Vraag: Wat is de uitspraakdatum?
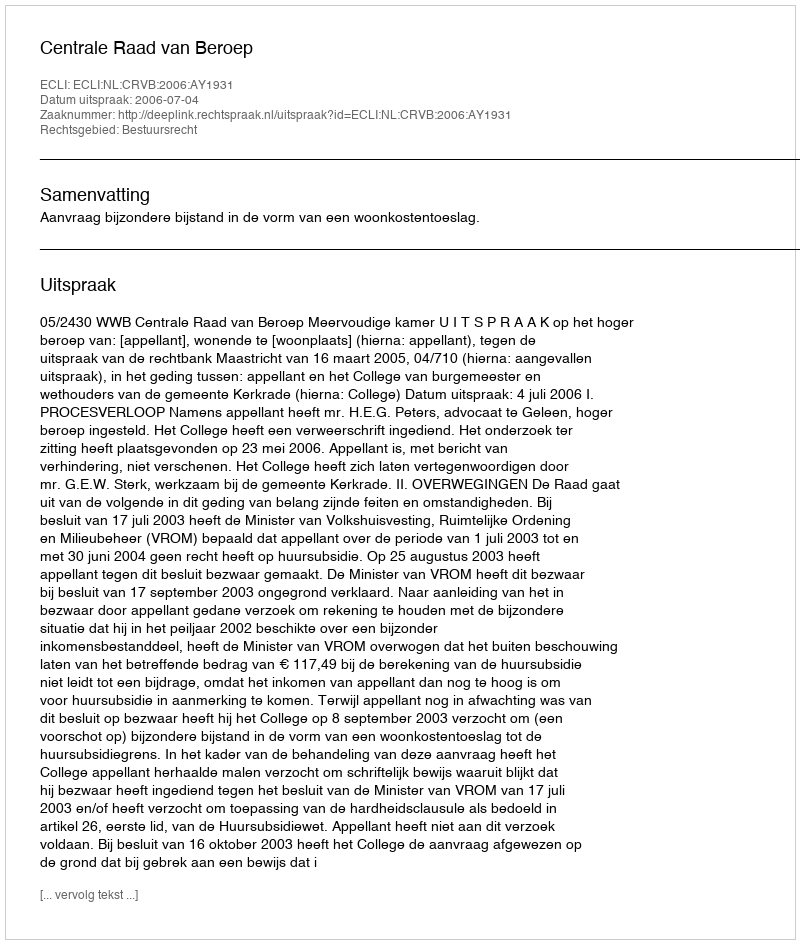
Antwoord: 2006-07-04